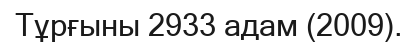
Тұрғыны 2933 адам (2009).